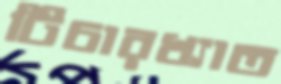
টিচারখ্যাত